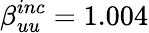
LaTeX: \beta_{uu}^{inc}=1.004